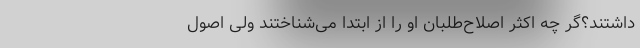
داشتند؟‌گر چه اکثر اصلاح‌طلبان او را از ابتدا می‌شناختند ولی اصول